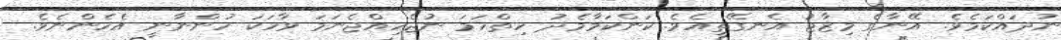
ނުދައްކަމެވެ. އޭނާގެ މިޒާޖު އެނގޭތީއެވެ. ކަންކަމާމެދު ހިތްހަމަ ނުޖެހިއްޖެނަމަ ވާހަކަ ހުންނާނީ އެހެންނެވެ.